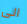
الى